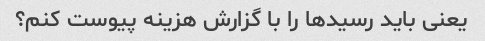
یعنی باید رسیدها را با گزارش هزینه پیوست کنم؟